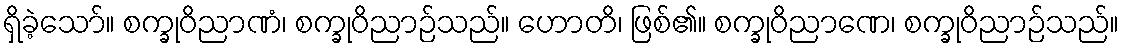
ရှိခဲ့သော်။ စက္ခုဝိညာဏံ၊ စက္ခုဝိညာဉ်သည်။ ဟောတိ၊ ဖြစ်၏။ စက္ခုဝိညာဏေ၊ စက္ခုဝိညာဉ်သည်။